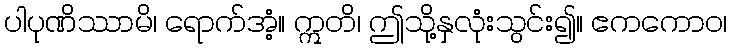
ပါပုဏိဿာမိ၊ ရောက်အံ့။ ဣတိ၊ ဤသို့နှလုံးသွင်း၍။ ဧကကောဝ၊